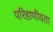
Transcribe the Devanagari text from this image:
परिहाणीयता